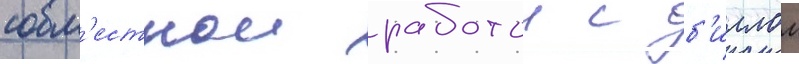
совм'естнои работои с б'иллом